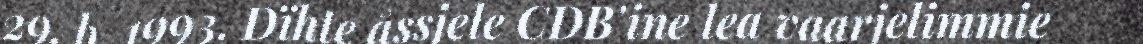
29. b. 1993. Dïhte åssjele CDB'ine lea vaarjelimmie